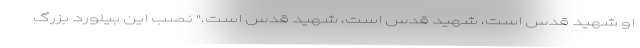
او شهید قدس است، شهید قدس است، شهید قدس است." نصب این بیلورد بزرگ